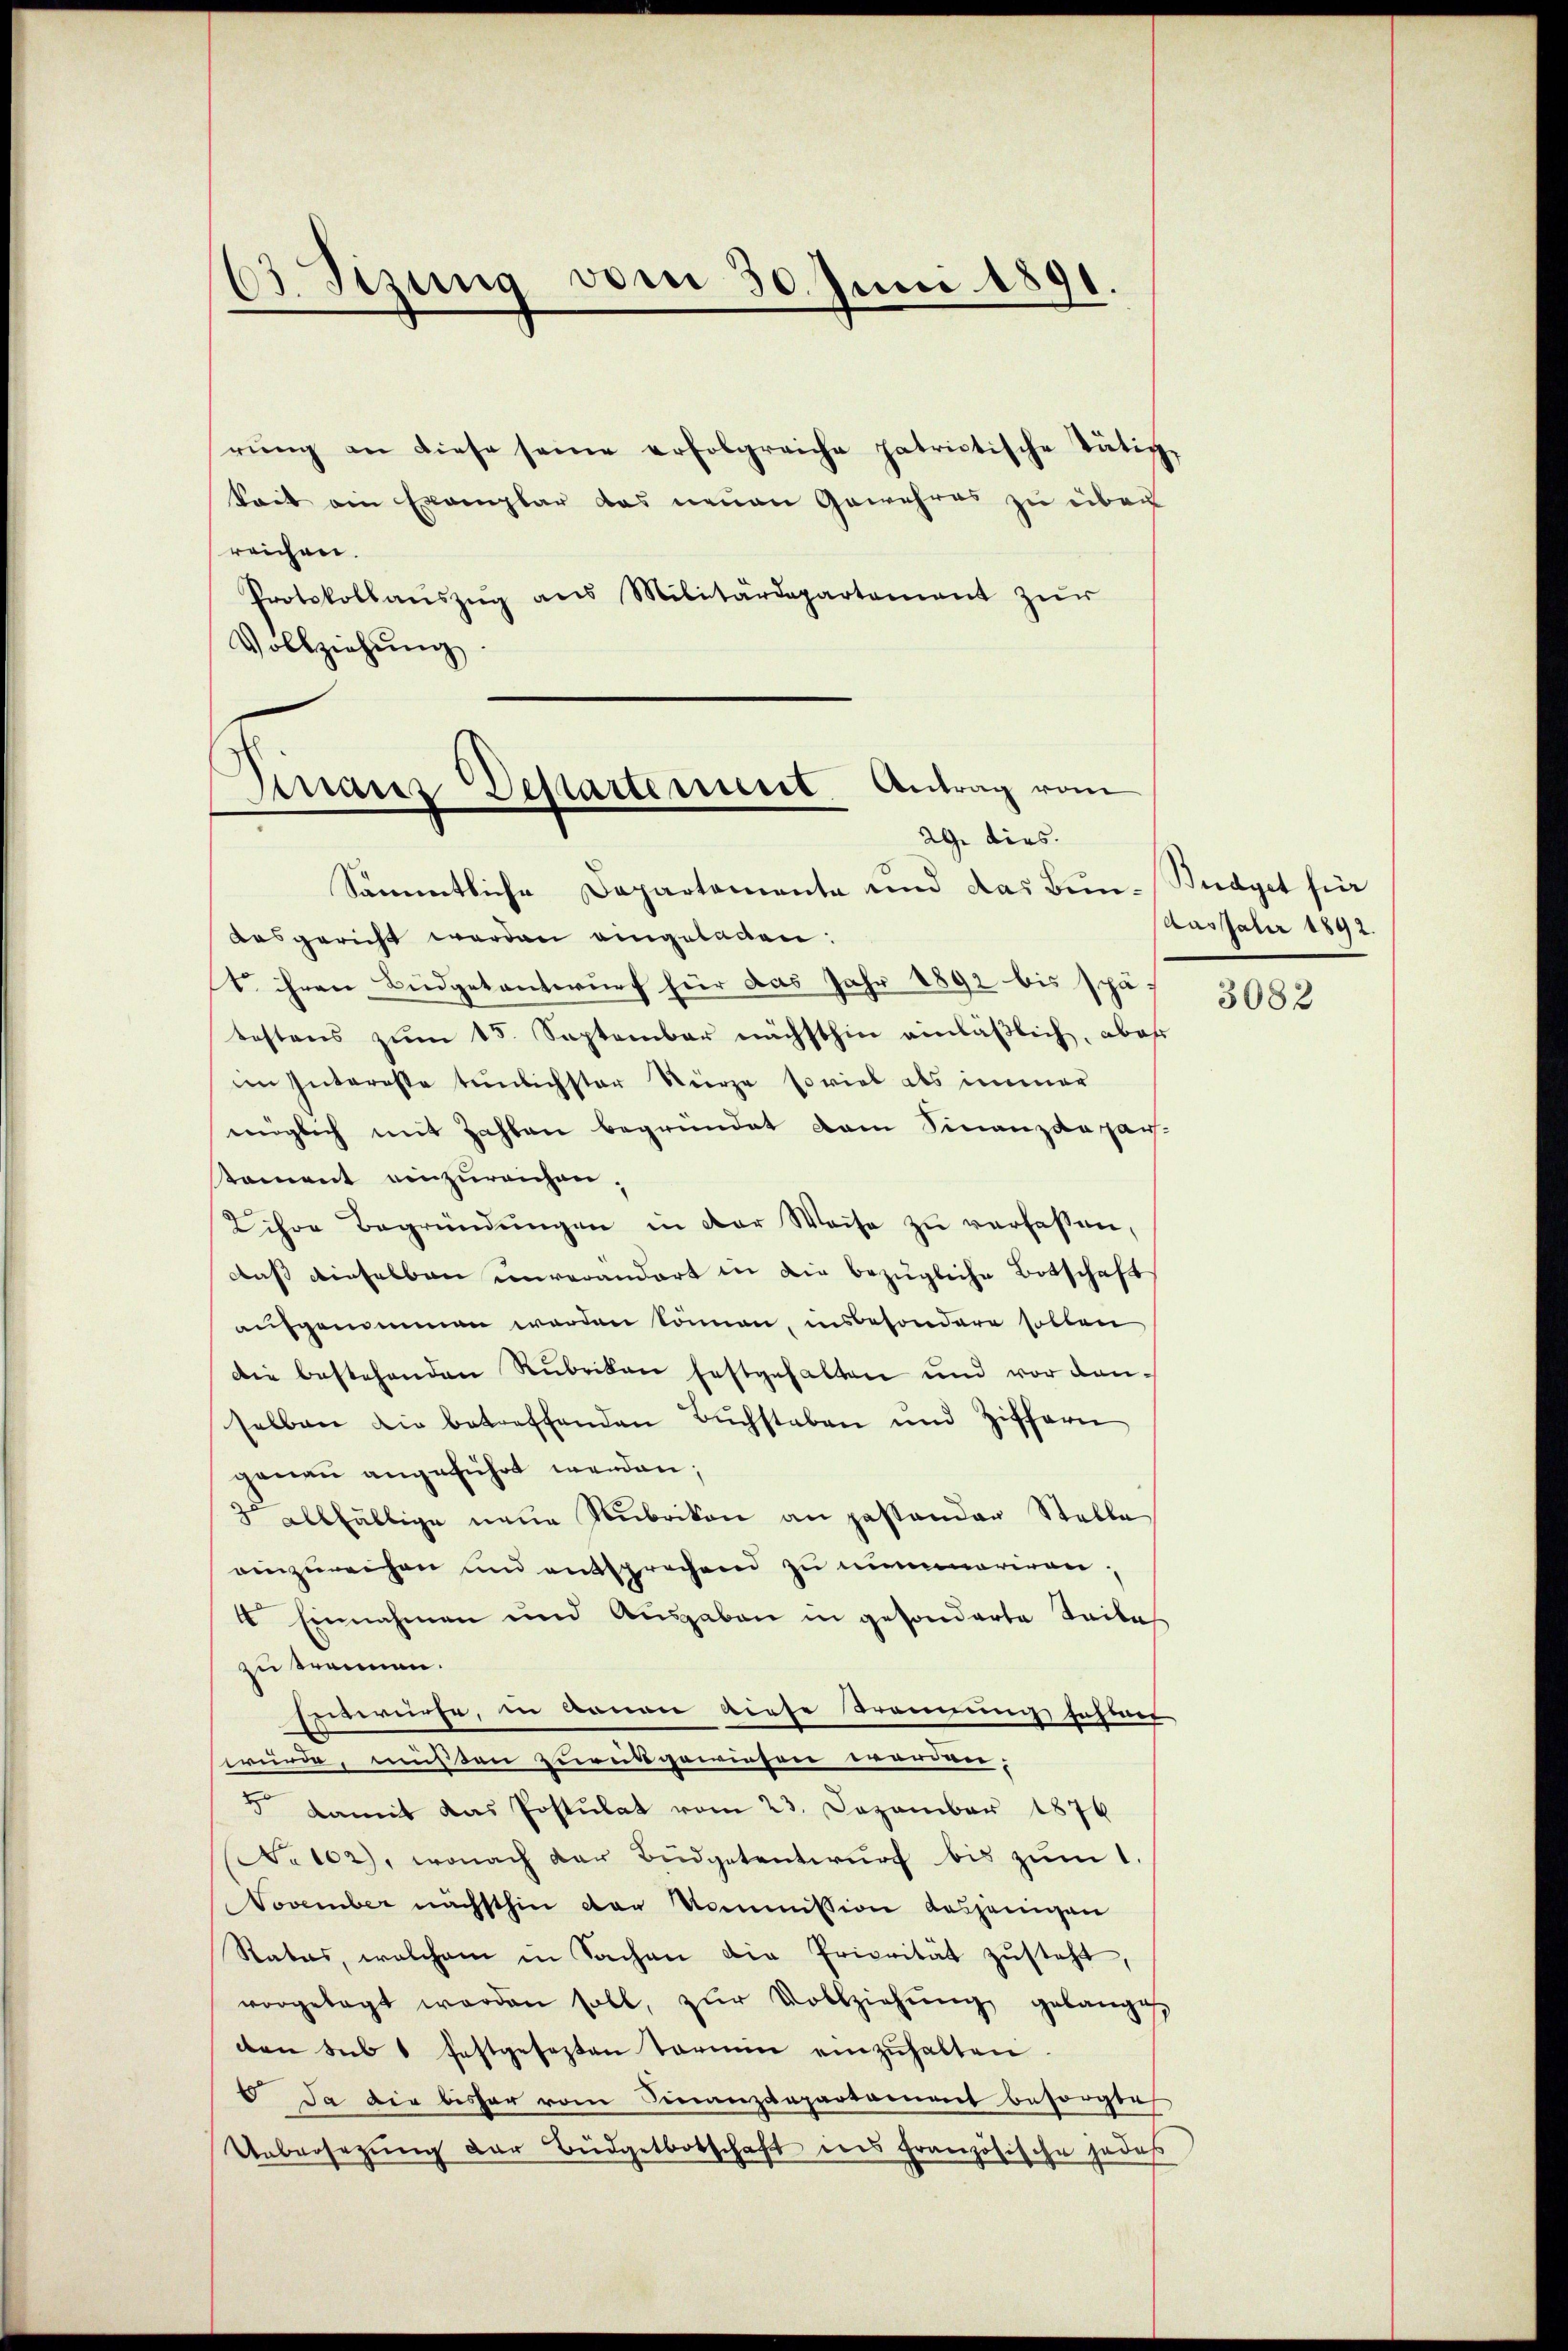
rŭng an diese seine erfolgreiche patrictische Tätig-
Seit am Exemplar das neuen Gewehres zu über
reichen.
Protokollaŭszŭg ans Militärdepartement zŭr
Vollziehŭng

63. Tizung vom 30. Juni 1891.

Finanz Departement. Antrag vom
2G. dies.

Sämmtliche Departamente und das Bun-Büdget für
desgericht werden eingeladen:
1. ihren Büdgetantwurf für das Jahr 1892 bis spätestens zŭm 15. September nächsthin einläßlich, aber
im Interste tenlichster Sturze soviel als immer
möglich mit Zahlen begründet vom Finanzdepar
stament einzureichen.
Lihre Begründŭngen in der Weise zŭ verfassen,
daß dieselben unverändert in die bezügliche Botschaft
aufgenommen werden können, insbesondere sollen
Die bestehenden Rubrikon festgehalten und vor danselben die betreffenden Buchstaben und Ziffern
genau angeführt werden;
3 allfällige neue Rubrikon an passender Stelle
einzurechen und entsprechend zu mummariren¬
4 Einnahmen und Ausgaben in gesonderte Seite
zu trennen.
Entwürfe, in kanon diese Trennung fehlen
würde, müßten zurückgewiesen erwerden.
5 damit das Postulat vom 23. Dezember 1876
No 102), wonach der Budgetentwurf bis zum 1.
November nächsthin der Kommission dasjenigen
Rates, welchem in Sachen die Priorität zŭsteht,
vorgelegt werden soll, zŭr Vollziehŭng gelange
dten sub 1 festgesezten Termin einzuhalten
6 Da die bisher vom Finanzdepartament besorgte
Uebersetzung der Büdgetbotschaft ins Französische jedes

Auspater 1892.

3082